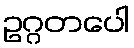
ဥဂ္ဂတပေါ